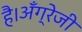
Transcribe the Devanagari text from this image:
है।अँग्रेजी